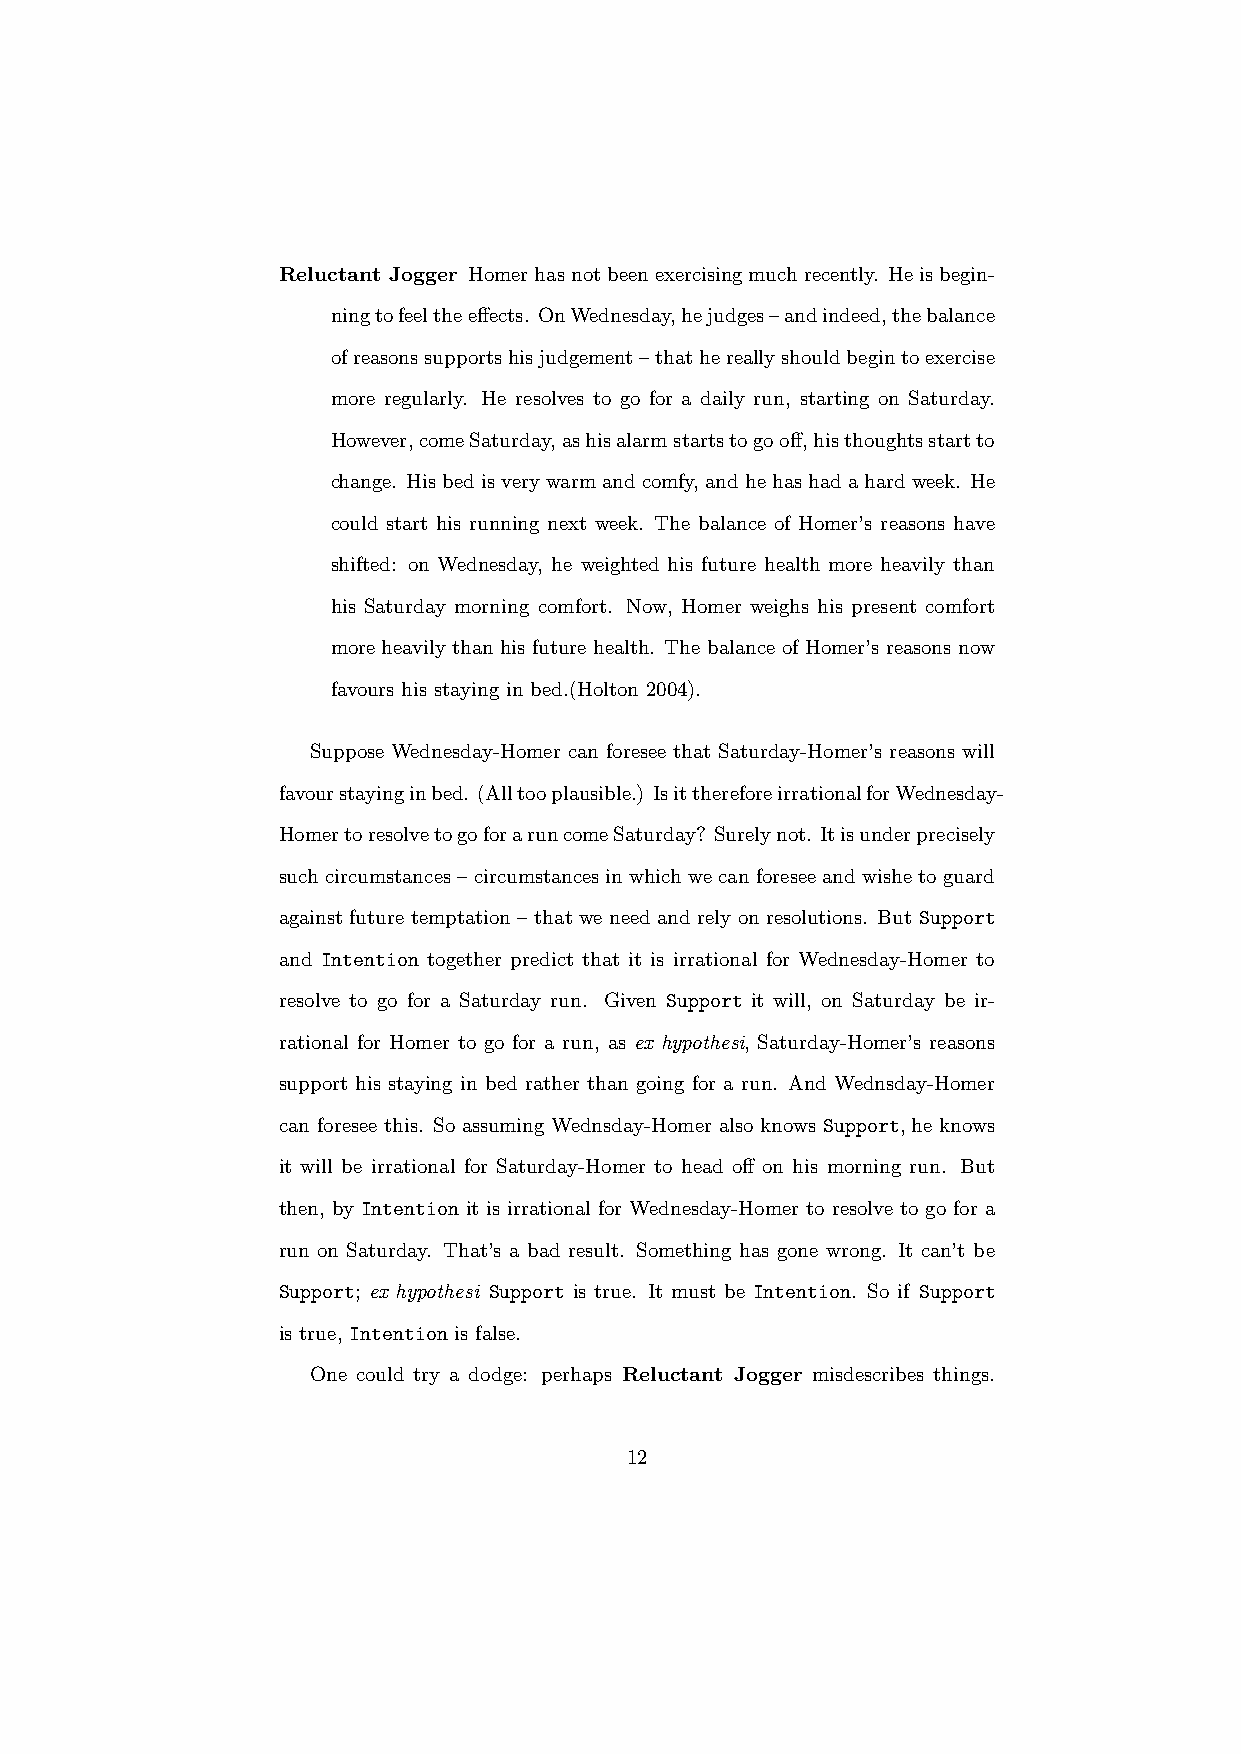
Reluctant Jogger Homerhasnotbeenexercisingmuchrecently. Heisbegin-
 ningtofeeltheeffects. OnWednesday,hejudges–andindeed,thebalance
 ofreasonssupportshisjudgement–thathereallyshouldbegintoexercise
 more regularly. He resolves to go for a daily run, starting on Saturday.
 However,comeSaturday,ashisalarmstartstogooff,histhoughtsstartto
 change. Hisbedisverywarmandcomfy,andhehashadahardweek. He
 could start his running next week. The balance of Homer’s reasons have
 shifted: on Wednesday, he weighted his future health more heavily than
 his Saturday morning comfort. Now, Homer weighs his present comfort
 more heavily than his future health. The balance of Homer’s reasons now
 favours his staying in bed.(Holton 2004).
 Suppose Wednesday-Homer can foresee that Saturday-Homer’s reasons will
 favourstayinginbed. (Alltooplausible.) IsitthereforeirrationalforWednesday-
 HomertoresolvetogoforaruncomeSaturday? Surelynot. Itisunderprecisely
 such circumstances– circumstancesinwhichwe canforesee andwisheto guard
 against future temptation – that we need and rely on resolutions. But Support
 and Intention together predict that it is irrational for Wednesday-Homer to
 resolve to go for a Saturday run. Given Support it will, on Saturday be ir-
 rational for Homer to go for a run, as ex hypothesi, Saturday-Homer’s reasons
 support his staying in bed rather than going for a run. And Wednsday-Homer
 can foresee this. So assuming Wednsday-Homer also knows Support, he knows
 it will be irrational for Saturday-Homer to head off on his morning run. But
 then, by Intention it is irrational for Wednesday-Homer to resolve to go for a
 run on Saturday. That’s a bad result. Something has gone wrong. It can’t be
 Support; ex hypothesi Support is true. It must be Intention. So if Support
 is true, Intention is false.
 One could try a dodge: perhaps Reluctant Jogger misdescribes things.
 12